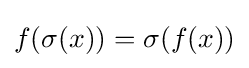
f(\sigma (x))=\sigma (f(x))